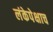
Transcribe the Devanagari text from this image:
लंकेपेक्षाच